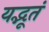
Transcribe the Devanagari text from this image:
यद्भूतं